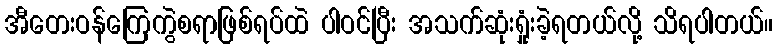
အီတေးဝန်ကြေကွဲစရာဖြစ်ရပ်ထဲ ပါဝင်ပြီး အသက်ဆုံးရှုံးခဲ့ရတယ်လို့ သိရပါတယ်။